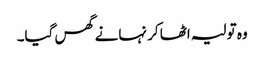
وہ تولیہ اٹھا کر نہانے گھس گیا۔